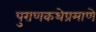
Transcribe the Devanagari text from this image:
पुराणकथेप्रमाणे